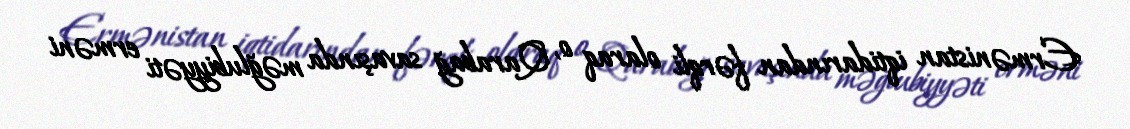
Ermənistan iqtidarından fərqli olaraq o, Qarabağ savaşında məğlubiyyəti erməni